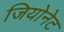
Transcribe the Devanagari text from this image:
जियोनेट